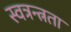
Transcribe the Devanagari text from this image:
स्वत्रन्त्रता